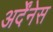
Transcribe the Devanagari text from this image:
अर्देंनेस